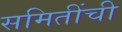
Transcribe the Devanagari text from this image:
समितींची